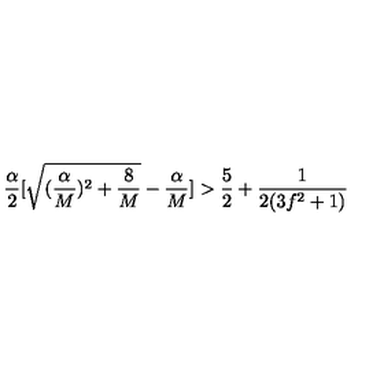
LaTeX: \frac { \alpha } { 2 } [ \sqrt { ( \frac { \alpha } { M } ) ^ { 2 } + \frac { 8 } { M } } - \frac { \alpha } { M } ] > \frac { 5 } { 2 } + \frac { 1 } { 2 ( 3 f ^ { 2 } + 1 ) }